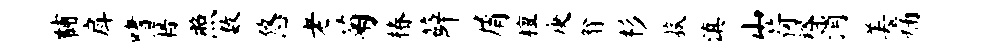
黼戽嗜籍照数悠老菊椿薛屑檀庚翁杉菰滇山荷裕消美痛